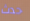
حدث